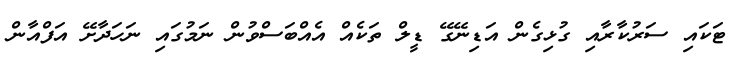
ޓަކައި ސަރުކާރާއި ގުޅިގެން އަޑިނޭގޭ ޑީލް ތަކެއް އެއްބަސްވުން ނަމުގައި ނަހަދާށޭ އަފްއާން